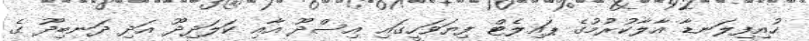
ހުއިފިލަނޑާ އާލާކުރުމުގެ ޕައިލެޓް ފިޔަވަހީގައި އިސްދޫ އާއި ކަލަދިދޫ އަދި ދަނބިދޫ ގެ